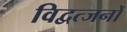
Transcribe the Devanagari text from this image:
विद्वत्जनों